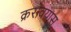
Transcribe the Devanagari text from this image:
क्ररावयास